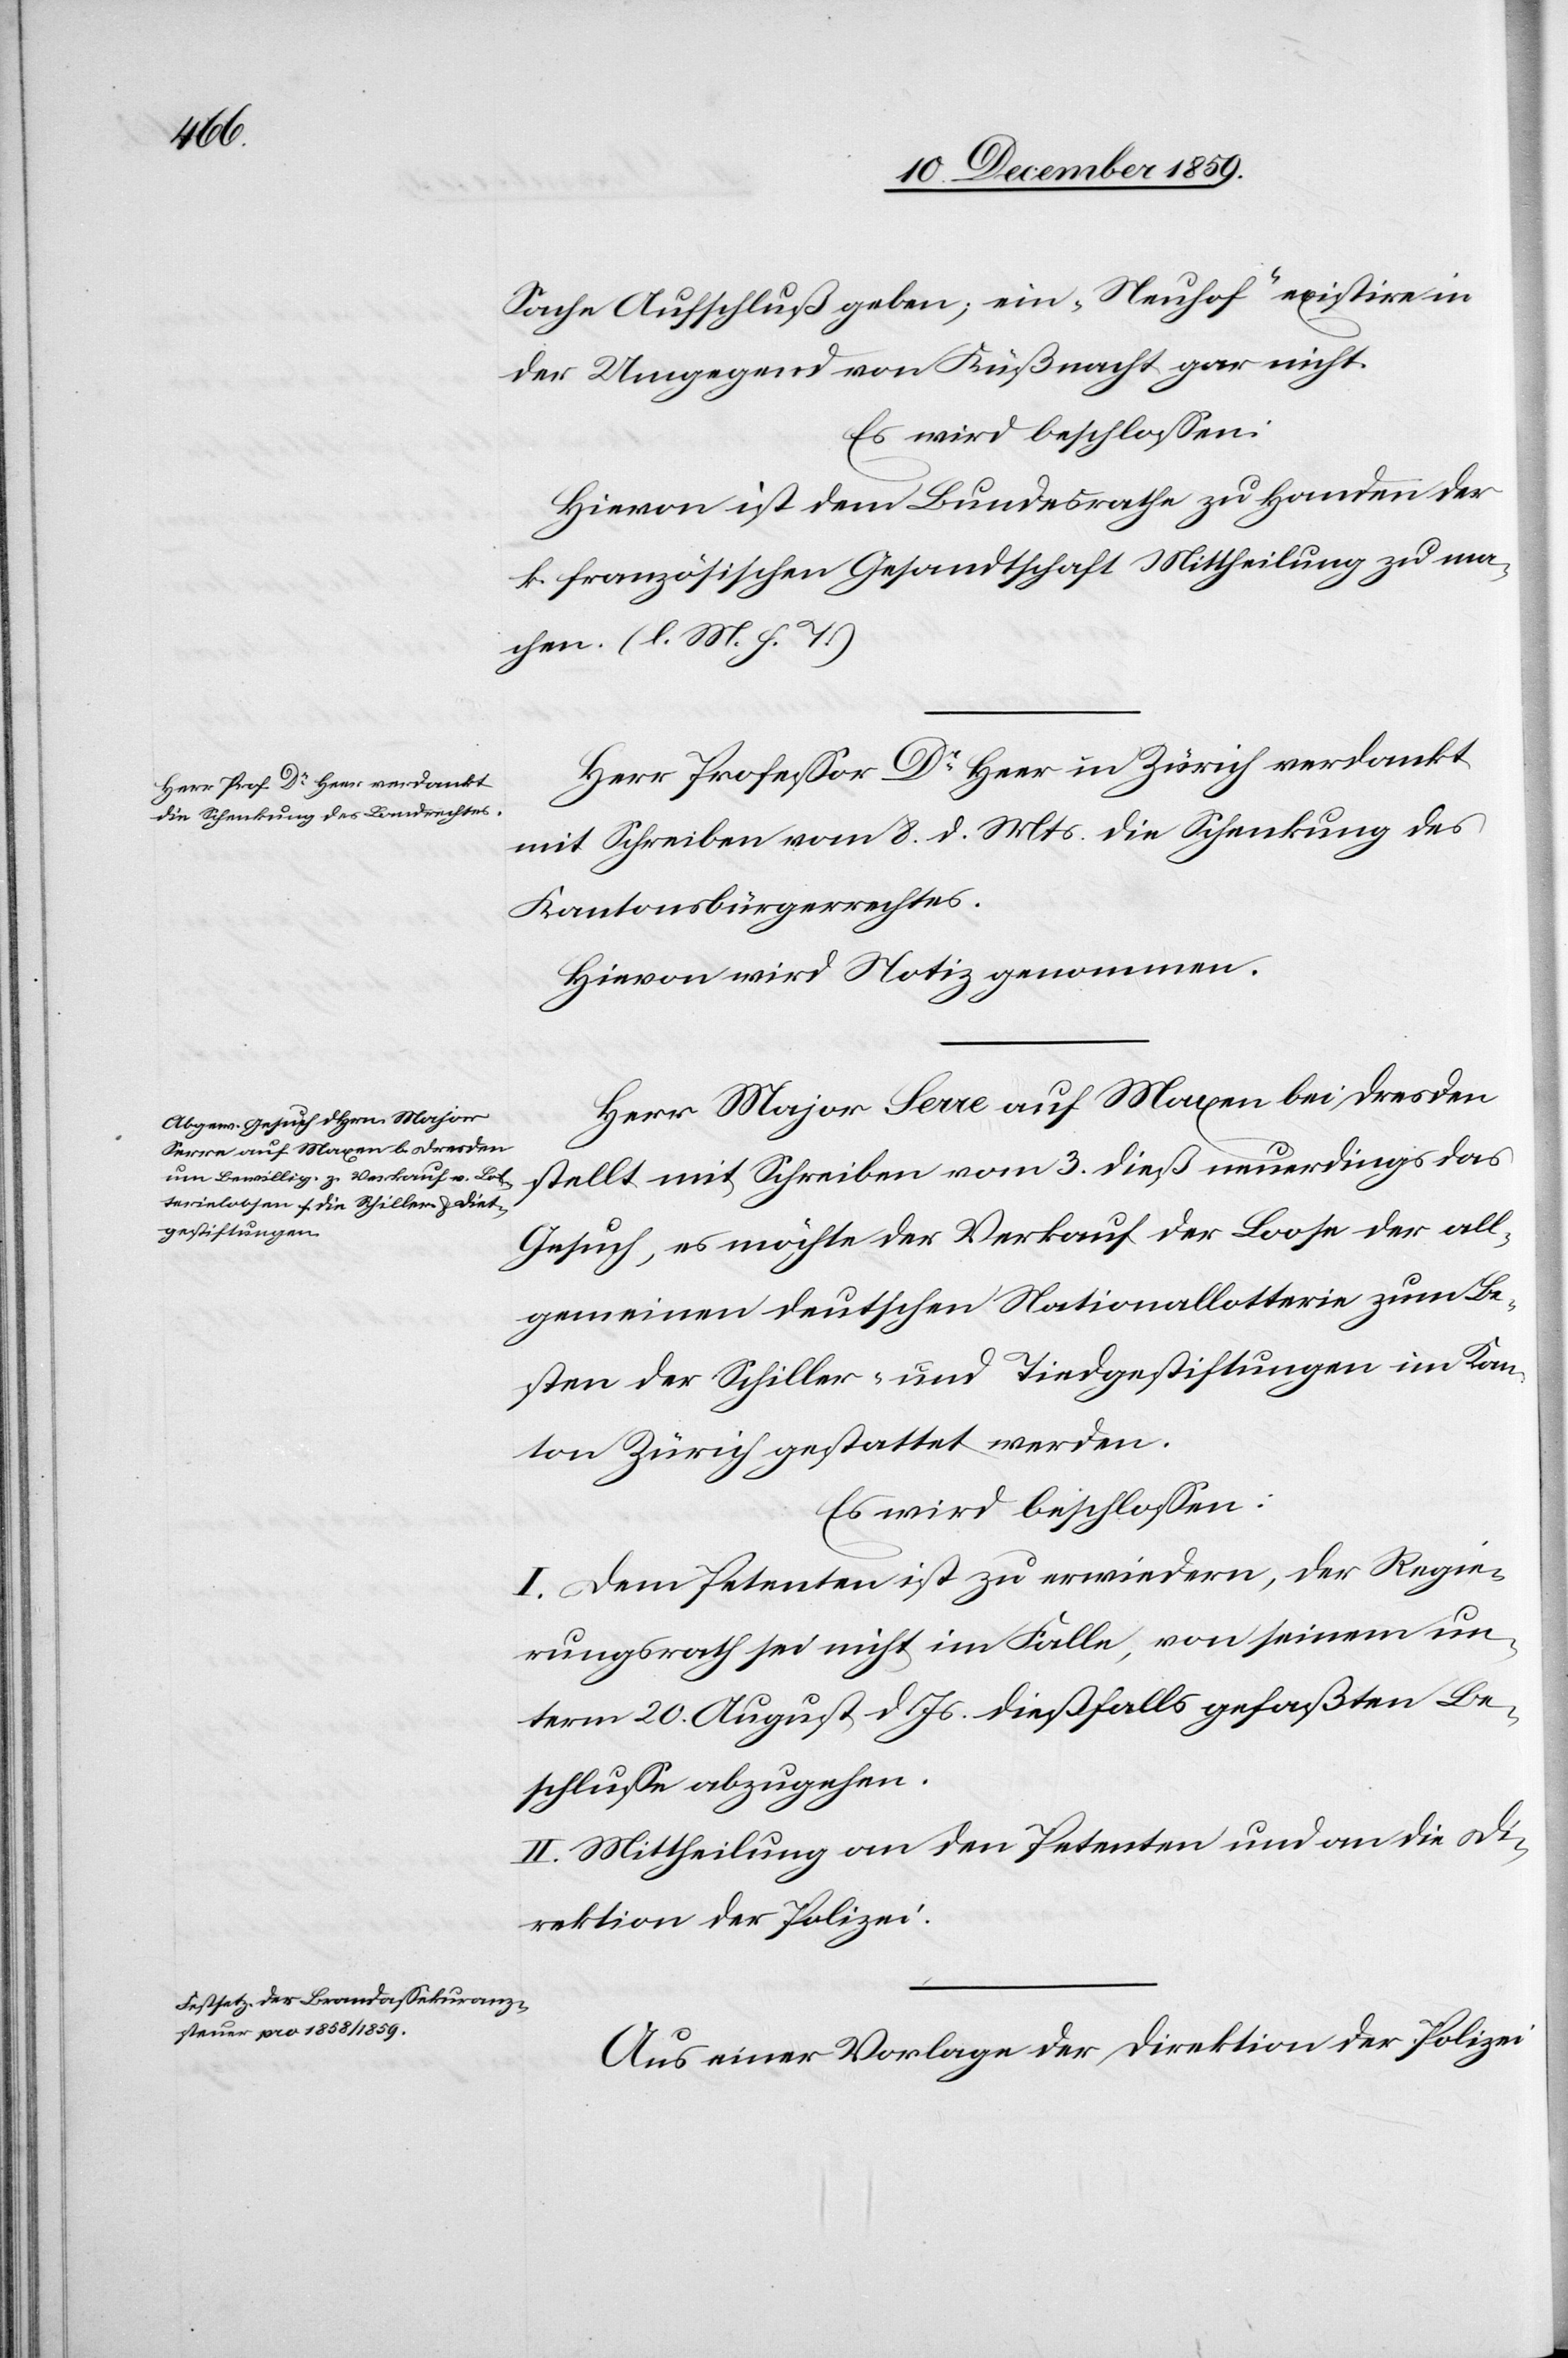
Sache Aufschluß geben; ein „Neuhof“ existire in
der Umgegend von Küßnacht gar nicht.
Es wird beschlossen:
Hievon ist dem Bundesrathe zu Handen der
k. französischen Gesandtschaft Mittheilung zu ma¬
chen. (l. M. h. T.)
Herr Professor Dr Heer in Zürich verdankt
mit Schreiben vom 8. d. Mts. die Schenkung des
Kantonsbürgerrechtes.
Hievon wird Notiz genommen.
Herr Major Serre auf Maxen bei Dresden
stellt mit Schreiben vom 3. dieß neuerdings das
Gesuch, es möchte der Verkauf der Loose der all¬
gemeinen deutschen Nationallotterie zum Be¬
sten der Schiller- und Tindgestiftungen [sic!] im Kan¬
ton Zürich gestattet werden.
Es wird beschlossen:
I. Dem Petenten ist zu erwiedern, der Regie¬
rungsrath sei nicht im Falle, von seinem un¬
term 20. August d. Js. dießfalls gefaßten Be¬
schlusse abzugehen.
II. Mittheilung an den Petenten und an die Di¬
rektion der Polizei.
Aus einer Vorlage der Direktion der Polizei